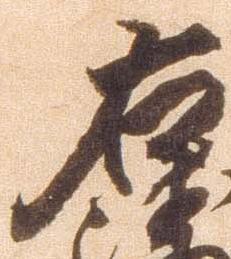
右